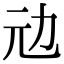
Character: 𠠺